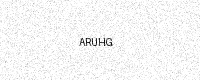
Text: ARUHG